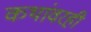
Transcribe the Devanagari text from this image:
कथांवरही